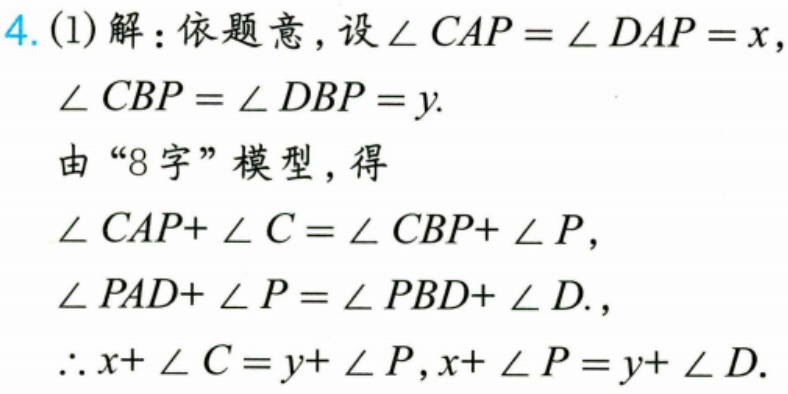
4.(1)解：依题意，设$\angle CAP=\angle DAP = x$，
$\angle CBP=\angle DBP = y$.
由“8 字”模型，得
$\angle CAP+\angle C=\angle CBP+\angle P$，
$\angle PAD+\angle P=\angle PBD+\angle D.$，
$\therefore x+\angle C=y+\angle P,x+\angle P=y+\angle D.$